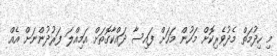
މި ހިދުމަތް މެދުވެރިކޮށް މަހުން މަހަށް ފައިސާ ދައްކާގޮތަށް އަމިއްލަ ފަރުދުންނަށް އެއް